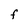
Character: F